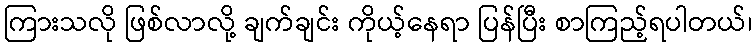
ကြားသလို ဖြစ်လာလို့ ချက်ချင်း ကိုယ့်နေရာ ပြန်ပြီး စာကြည့်ရပါတယ်၊